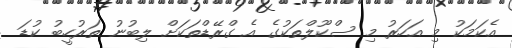
އެކަމަކު މި އަހަރު މި ސްކޫލްތަކުގެ އެ ގްރޭޑްތަކަށް ލިބުނު ތަރުހީބު ކުޑަ